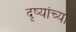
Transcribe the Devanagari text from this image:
दृष्यांच्या